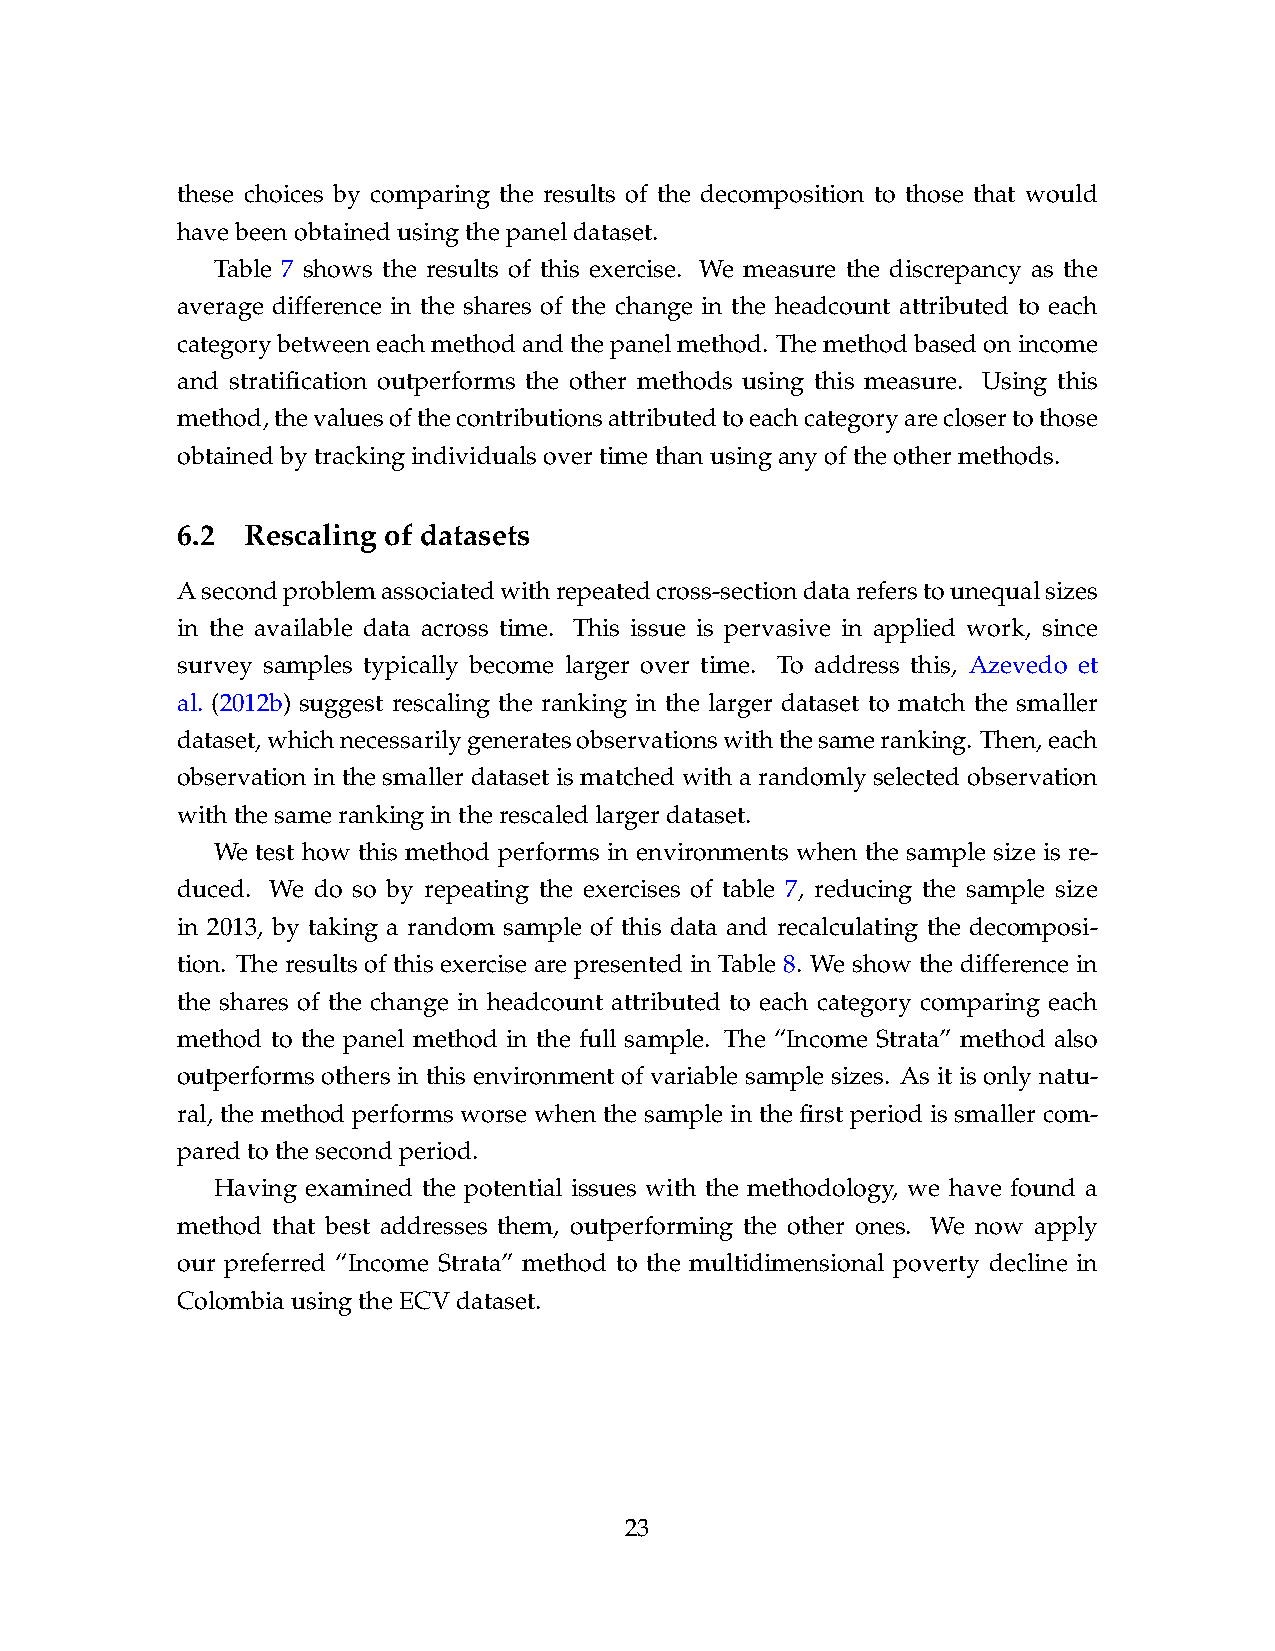
these choices by comparing the results of the decomposition to those that would
 havebeenobtainedusingthepaneldataset.
 Table 7 shows the results of this exercise. We measure the discrepancy as the
 average difference in the shares of the change in the headcount attributed to each
 categorybetweeneachmethodandthepanelmethod. Themethodbasedonincome
 and stratification outperforms the other methods using this measure. Using this
 method,thevaluesofthecontributionsattributedtoeachcategoryareclosertothose
 obtainedbytrackingindividualsovertimethanusinganyoftheothermethods.
 6.2 Rescaling of datasets
 Asecondproblemassociatedwithrepeatedcross-sectiondatareferstounequalsizes
 in the available data across time. This issue is pervasive in applied work, since
 survey samples typically become larger over time. To address this, Azevedo et
 al. (2012b) suggest rescaling the ranking in the larger dataset to match the smaller
 dataset,whichnecessarilygeneratesobservationswiththesameranking. Then,each
 observation in the smaller dataset is matched with a randomly selected observation
 withthesamerankingintherescaledlargerdataset.
 We test how this method performs in environments when the sample size is re-
 duced. We do so by repeating the exercises of table 7, reducing the sample size
 in 2013, by taking a random sample of this data and recalculating the decomposi-
 tion. The results of this exercise are presented in Table 8. We show the difference in
 the shares of the change in headcount attributed to each category comparing each
 method to the panel method in the full sample. The “Income Strata” method also
 outperforms others in this environment of variable sample sizes. As it is only natu-
 ral, the method performs worse when the sample in the first period is smaller com-
 paredtothesecondperiod.
 Having examined the potential issues with the methodology, we have found a
 method that best addresses them, outperforming the other ones. We now apply
 our preferred “Income Strata” method to the multidimensional poverty decline in
 ColombiausingtheECVdataset.
 23